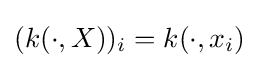
(k(\cdot ,X))_{i}=k(\cdot ,x_{i})